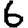
Digit: 6